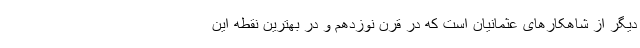
دیگر از شاهکارهای عثمانیان است که در قرن نوزدهم و در بهترین نقطه این